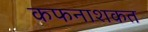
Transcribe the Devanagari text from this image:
कफनाशकत